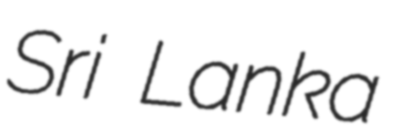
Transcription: Sri Lanka